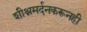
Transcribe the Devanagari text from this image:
शीश्नमर्दनकरूनही